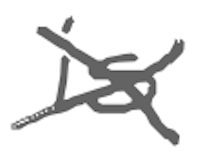
Text: is
Cross-out: cross
Writing tool: digital_gray